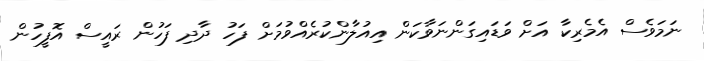
ނަމަވެސް އެމެރިކާ އަށް ވަޑައިގަންނަވާކަން އިއުލާންކުރެެއްވުމަށް ފަހު ދާދި ފަހުން ރައީސް އޮފީހުން